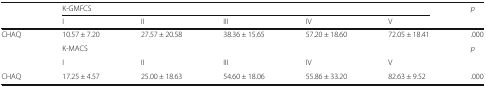
<table><thead><tr><td></td><td colspan="5"><b>K-GMFCS</b></td><td><b><i>p</i></b></td></tr><tr><td></td><td><b>I</b></td><td><b>II</b></td><td><b>III</b></td><td><b>IV</b></td><td><b>V</b></td><td></td></tr></thead><tbody><tr><td>CHAQ</td><td>10.57 ± 7.20</td><td>27.57 ± 20.58</td><td>38.36 ± 15.65</td><td>57.20 ± 18.60</td><td>72.05 ± 18.41</td><td>.000</td></tr><tr><td rowspan="2"></td><td colspan="5">K-MACS</td><td rowspan="2"><i>p</i></td></tr><tr><td>I</td><td>II</td><td>III</td><td>IV</td><td>V</td></tr><tr><td>CHAQ</td><td>17.25 ± 4.57</td><td>25.00 ± 18.63</td><td>54.60 ± 18.06</td><td>55.86 ± 33.20</td><td>82.63 ± 9.52</td><td>.000</td></tr></tbody></table>